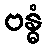
ဗန္ဓံ